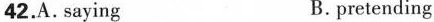
42.A.saying B.pretending